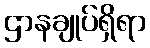
ဌာနချုပ်ရှိရာ